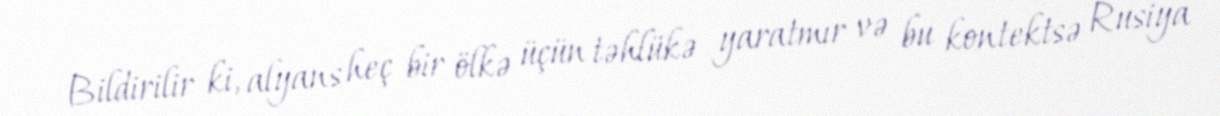
Bildirilir ki, alyans heç bir ölkə üçün təhlükə yaratmır və bu kontektsə Rusiya